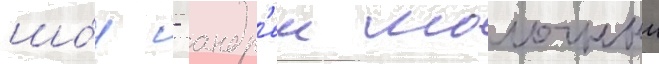
шо́у - андр'еи молочныи